Annual report on the lock hospitals of the Madras Presidency
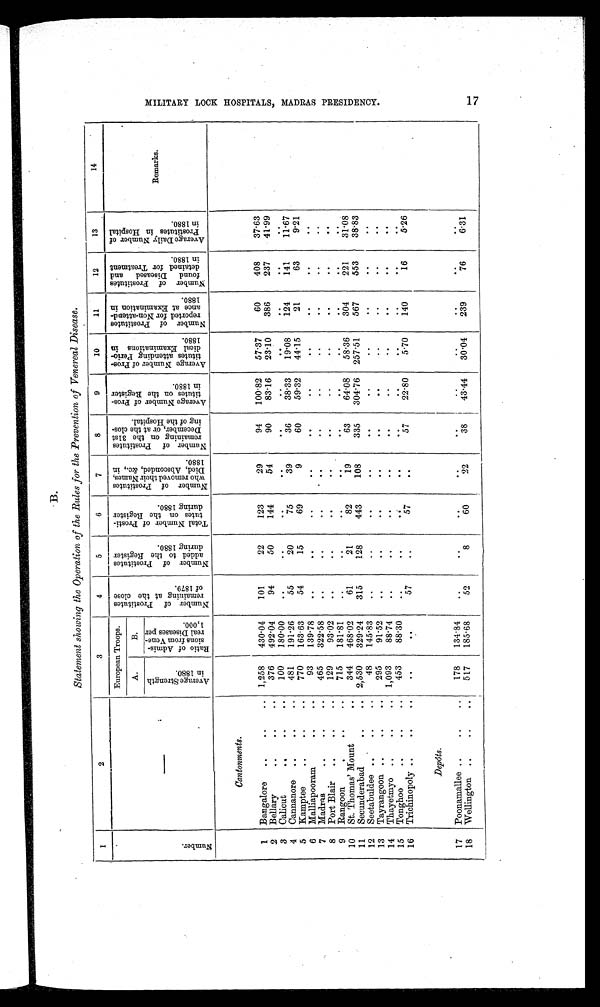
B.
Statement showing the Operation of the Rules for the Prevention of Venereal Disease.
1
2
3
4
5
6
7
8
9
10
11
12
13
14
N u m b e r .
European Troops.
N u m b e r o f p r o s t i t u t e s r e m a i n i n g a t t h e c l o s e o f 1 8 7 9
N u m b e r o f p r o s t i t u t e s a d d e d t o t h e R e g i s t e r d u r i n g 1 8 8 0
T o t a l N u m b e r o f p r o s t i t u t e s o n t h e R e g i s t e r d u r i n g 1 8 8 0
N u m b e r o f p r o s t i t u t e s w h o r e m o v e d t h e i r N a m e s , D i e d , A b s c o n d e d , & a m p ; c , i n 1 8 8 0 . N u m b e r o f p r o s t i t u t e s r e m a i n i n g o n t h e 3 1 s t D e c e m b e r o r a t t h e c l o s - i n g o f t h e H o s p i t a l
A v e r a g e N u m b e r o f p r o s t i t u t e s o n t h e R e g i s t e r i n 1 8 8 0
A v e r a g e N u m b e r o f p r o s t i t u t e s a t t e n d i n g p e r i o - d i c a l E x a m i n a t i o n s i n 1 8 8 0 N u m b e r o f p r o s t i t u t e s r e p o r t e d f o r N o n - a t t e n d - a n c e a t E x a m i n a t i o n i n 1 8 8 0
N u m b e r o f p r o s t i t u t e s f o u n d D i s e a s e d a n d d e t a i n e d f o r T r e a t m e n t i n 1 8 8 0
A v e r a g e D a i l y N u m b e r o f p r o s t i t u t e s i n H o s p i t a l i n 1 8 8 0
Remarks.
A.
B
A v e r a g e s t r e n g t h i n 1 8 8 0 . R a t i o o f A d m i s s i o n s f r o m V e n e - r e a l D i s e a s e p e r 1 , 0 0 0
Cantonments.
1 Bangalore ..
. .
. . 1,258 430.04 101
22
123
29
94 100.82 57.37
60
408 37.63
2 Bellary
. .
. .
. . 376 492.04
94
50
144
54
90 83.16 23.10 386
237 41.99
3 Calicut
..
. .
. . 100 180.00 ..
.
. . . .
..
..
. .
. .
. . . .
. . .
4 Cannanore .. ..
. . 481 191.26
55
20
75
39
36 38.33 19.08 124
141
11.67
5 Kamptee
. .
. .
. . 770 163.63
54
15
69
9
60 59.32 44.15
21
63
9.21
6 Malliapooram
. , .
. . 93 139.78 ..
. . . ..
. .
..
. .
..
. .
. .
.
7 Madras
.. .. .. 465 322.58 ..
..
..
.
.
.
.
..
..
.
.
.
.
.
8 Port Blair ..
. . 129 93.02 ..
..
..
..
..
..
.
.
.
.
.
.
.
9 Rangoon
. . .
. .
. . 715 181.81 ..
. . .
. .
. .
. .
.
.
.
.
10 St. Thomas' Mount
. . 344 468.02
61
21
82
19
63 64.08 58.36 304
221 31.08
11 Secunderabad
. .
. . 2,530 329.24 315
128
443
108
335 304.76 257.51 567
553 38.83
12 Seetabuldee
. . .
. .
. 48 145.83 ..
..
..
..
. . ..
. .
.
.
. . . .
13 Tayrangoon ..
. .
. . 295 91.52 ..
..
. . . . . .
. . .
. .
..
. . .
. . . .
14 Thayetmyo ..
. .
. . 1,093 88.74 ..
..
. . . . . .
.
.
..
.
. . . .
. .
. .
15 Tonghoo .. ..
. . 453 88.30 ..
..
. . .
. . .
. . .
. . .
. . .
. . . .
. . .
. .
16 Trichinopoly . . . .
.
. .
. .
57
..
57
. .
57 22.80 5.70 140
16
5 26
Depôts.
17 Poonamallee .. .. .. 178 134.84 ..
..
. .
. . .
. . . .
..
. .
. .
. .
18 Wellington .. .. .. 517 185.68
52
8
60
22
38 43.44 30.04 239
76
6.31